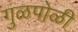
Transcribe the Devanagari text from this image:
गुळपोळी